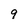
Character: 9